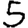
Digit: 5